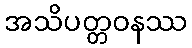
အသိပတ္တဝနဿ